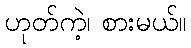
ဟုတ်ကဲ့၊ စားမယ်။